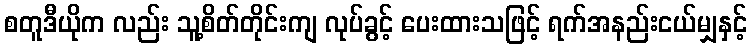
စတူဒီယိုက လည်း သူ့စိတ်တိုင်းကျ လုပ်ခွင့် ပေးထားသဖြင့် ရက်အနည်းငယ်မျှနှင့်